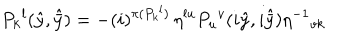
P _ { k } { } ^ { l } ( \hat { y } , \hat { \bar { y } } ) = - ( i ) ^ { \pi ( P _ { k } { } ^ { l } ) } \, \eta ^ { l u } P _ { u } { } ^ { v } ( i \hat { y } , i \hat { \bar { y } } ) \eta ^ { - 1 } { } _ { v k }